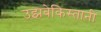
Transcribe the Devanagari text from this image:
उझबेकिस्तानी